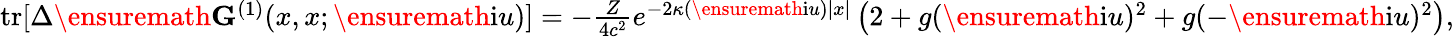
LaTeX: \begin{array}{r}{\mathrm{tr}[\Delta\ensuremath{\mathbf{G}}^{(1)}(x,x;\ensuremath{\mathrm{i}}u)]=-\frac{Z}{4c^{2}}e^{-2\kappa(\ensuremath{\mathrm{i}}u)|x|}\left(2+g(\ensuremath{\mathrm{i}}u)^{2}+g(-\ensuremath{\mathrm{i}}u)^{2}\right),}\end{array}